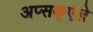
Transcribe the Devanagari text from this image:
अप्सक्एले